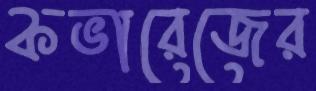
কভারেজের